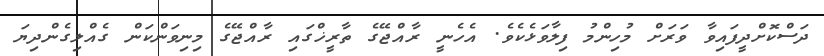
ދަސްކޮށްދީފައިވާ ވަރަށް މުހިންމު ފިލާވަޅެކެވެ. އެހެނީ ރާއްޖޭގެ ތާރީޚްގައި ރާއްޖޭގެ މިނިވަންކަން ގެއްލިގެންދިޔަ